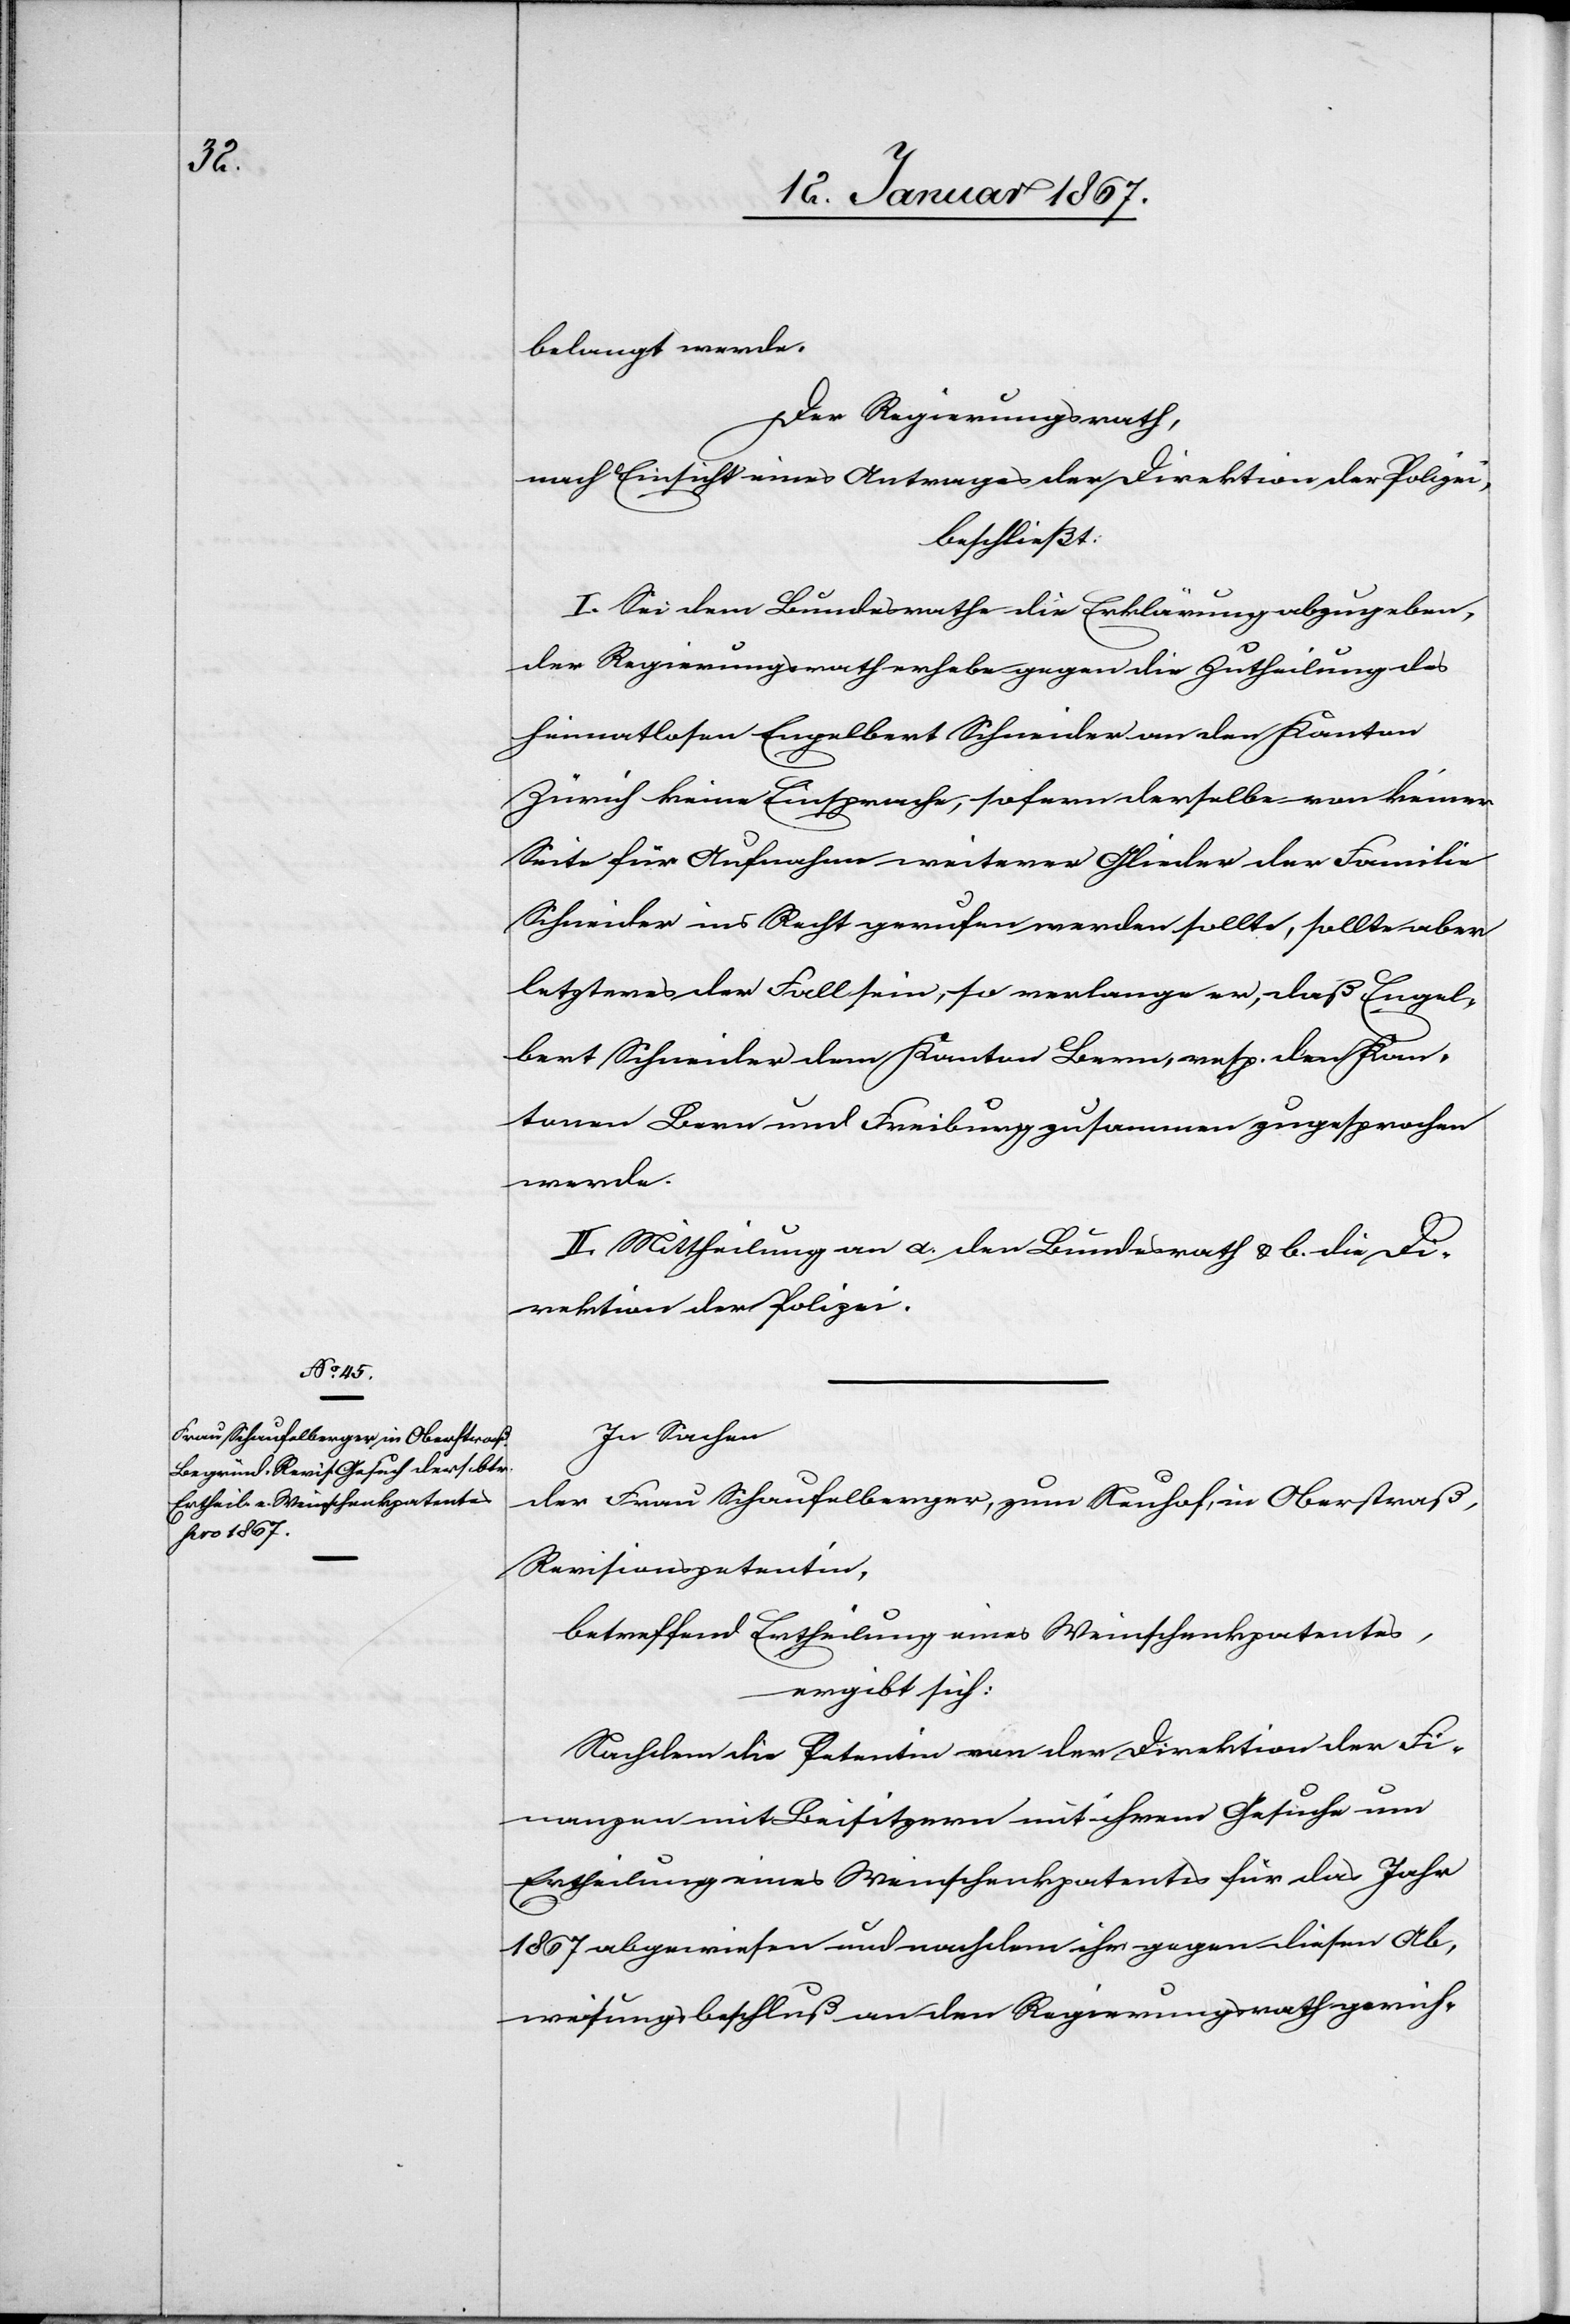
belangt werde.
Der Regierungsrath,
nach Einsicht eines Antrages der Direktion der Polizei,
beschließt:
I. Sei dem Bundesrathe die Erklärung abzugeben,
der Regierungsrath erhebe gegen die Zutheilung des
heimatlosen Engelbert Schneider an den Kanton
Zürich keine Einsprache, sofern derselbe von keiner
Seite für Aufnahme weiterer Glieder der Familie
Schneider ins Recht gerufen werden sollte, sollte aber
letzteres der Fall sein, so verlange er, daß Engel¬
bert Schneider dem Kanton Bern, resp. den Kan¬
tonen Bern und Freiburg zusammen zugesprochen
werde.
II. Mittheilung an a. den Bundesrath & b. die Di¬
rektion der Polizei.
In Sachen
der Frau Schaufelberger, zum Neuhof, in Oberstraß,
Revisionspetentin,
betreffend Ertheilung eines Weinschankpatentes,
ergibt sich:
Nachdem die Petentin von der Direktion der Fi¬
nanzen mit Beisitzern mit ihrem Gesuche um
Ertheilung eines Weinschenkpatentes für das Jahr
1867 abgewiesen und nachdem ihr gegen diesen Ab¬
weisungsbeschluß an den Regierungsrath gerich-